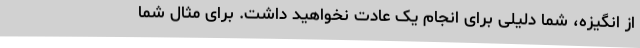
از انگیزه، شما دلیلی برای انجام یک عادت نخواهید داشت. برای مثال شما